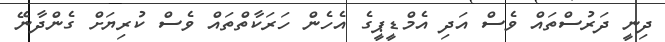
ދިނީ ދަރުސްތައް ވެސް އަދި އެމްޑީޕީގެ އެހެން ހަރަކާތްތައް ވެސް ކުރިޔަށް ގެންދާނޭ